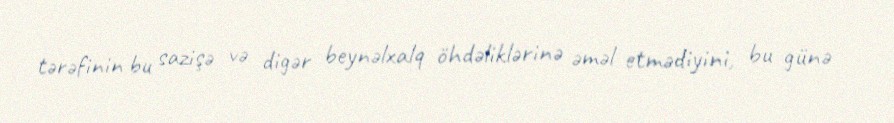
tərəfinin bu sazişə və digər beynəlxalq öhdəliklərinə əməl etmədiyini, bu günə